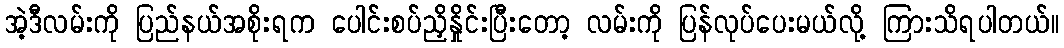
အဲ့ဒီလမ်းကို ပြည်နယ်အစိုးရက ပေါင်းစပ်ညှိနှိုင်းပြီးတော့ လမ်းကို ပြန်လုပ်ပေးမယ်လို့ ကြားသိရပါတယ်။